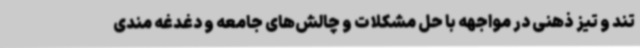
تند و تیز ذهنی در مواجهه با حل مشکلات و چالش‌های جامعه و دغدغه مندی